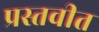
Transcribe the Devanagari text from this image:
प्रस्तवीत